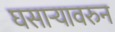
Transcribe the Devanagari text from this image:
घसाऱ्यावरुन